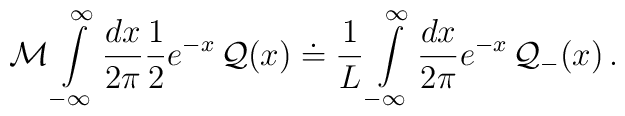
{\cal M}\displaystyle\int\limits ^{\infty }_{-\infty }\displaystyle\frac{dx}{2\pi }\displaystyle\frac{1}{2}e^{-x}\, {\cal Q}(x)\doteq \displaystyle\frac{1}{L}\displaystyle\int\limits ^{\infty }_{-\infty }\displaystyle\frac{dx}{2\pi }e^{-x}\, {\cal Q}_{-}(x)\, .